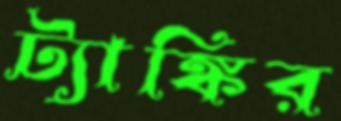
ট্যাঙ্কির